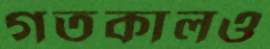
গতকালও